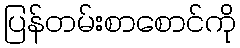
ပြန်တမ်းစာစောင်ကို